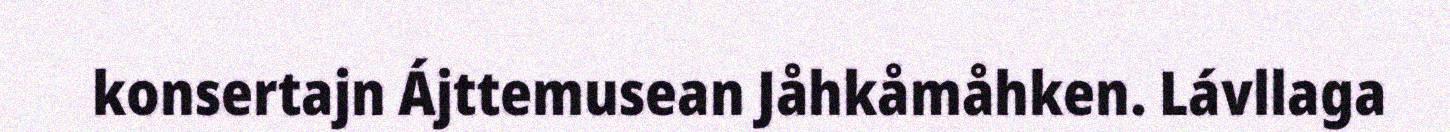
konsertajn Ájttemusean Jåhkåmåhken. Lávllaga